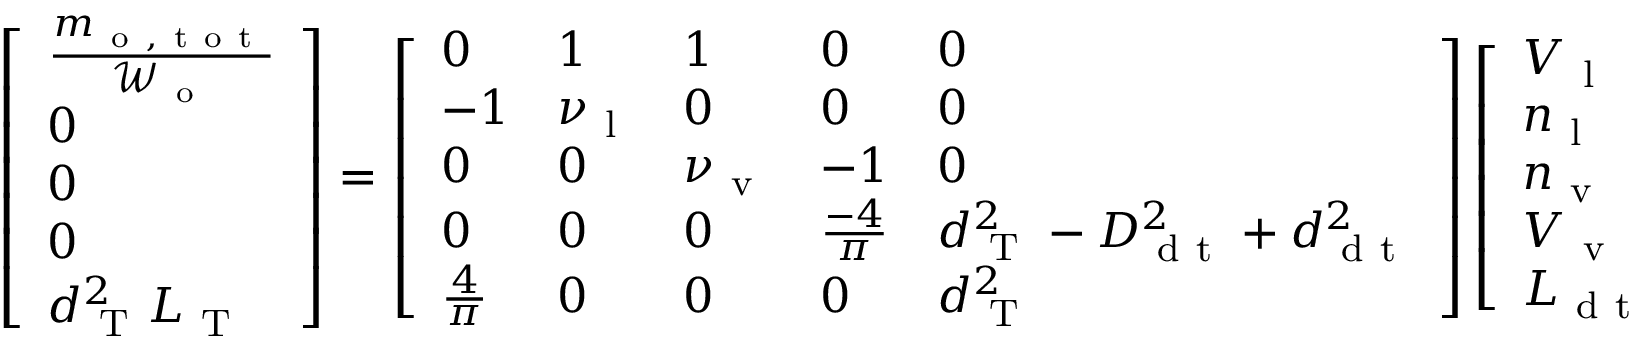
\left[ \begin{array} { l } { \frac { m _ { \mathrm { ~ o ~ , ~ t ~ o ~ t ~ } } } { \mathcal { W } _ { \mathrm { ~ o ~ } } } } \\ { 0 } \\ { 0 } \\ { 0 } \\ { d _ { \mathrm { ~ T ~ } } ^ { 2 } L _ { \mathrm { ~ T ~ } } } \end{array} \right] = \left[ \begin{array} { l l l l l } { 0 } & { 1 } & { 1 } & { 0 } & { 0 } \\ { - 1 } & { \nu _ { \mathrm { ~ l ~ } } } & { 0 } & { 0 } & { 0 } \\ { 0 } & { 0 } & { \nu _ { \mathrm { ~ v ~ } } } & { - 1 } & { 0 } \\ { 0 } & { 0 } & { 0 } & { \frac { - 4 } { \pi } } & { d _ { \mathrm { ~ T ~ } } ^ { 2 } - D _ { \mathrm { ~ d ~ t ~ } } ^ { 2 } + d _ { \mathrm { ~ d ~ t ~ } } ^ { 2 } } \\ { \frac { 4 } { \pi } } & { 0 } & { 0 } & { 0 } & { d _ { \mathrm { ~ T ~ } } ^ { 2 } } \end{array} \right] \left[ \begin{array} { l } { V _ { \mathrm { ~ l ~ } } } \\ { n _ { \mathrm { ~ l ~ } } } \\ { n _ { \mathrm { ~ v ~ } } } \\ { V _ { \mathrm { ~ v ~ } } } \\ { L _ { \mathrm { ~ d ~ t ~ } } } \end{array} \right] .